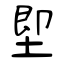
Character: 堲